Plague in India, 1896, 1897 - Volume 3
Year: 1896
Disease focus: Plague
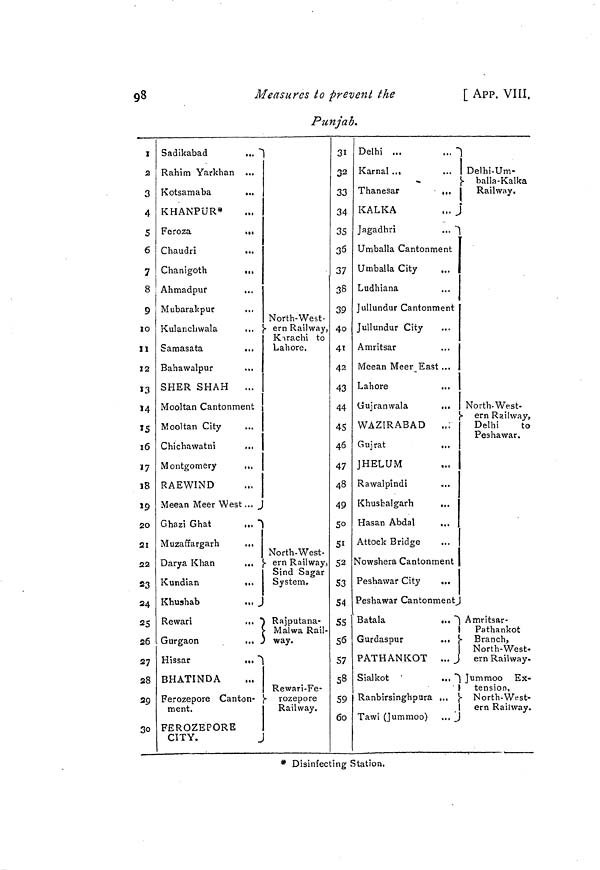
98
Measures to prevent the
[ APP. VIII.
Punjab.
I
2
3
4
5
6
7
8
9
ÏO
11
12
13
14
15
16
Ï7
18
19
20
21
22
23
24
25
26
27
28
29
30
Sadikabad
...
Rahim Yarkhan ...
Kotsamaba
...
KHANPUR*
Feroza
...
Chaudri
...
Chanigoth
,,,
Ahmadpur
...
Mubarakpur
Kulancliwala
Samasata
...
Bahawalpur
...
SHER SHAH
...
Mooltan Cantonment
Mooltan City
Chichawatni
.,,
Montgomery
...
RAEWIND
Meean Meer West ...
Ghazi Ghat
Muzaffargarh
Darya Khan
...
Kundian
...
Khushab
Rewari
...
Gurgaon
..
Hissar
...
BHATINDA
Ferozepore Canton-
ment.
FEROZEPORE
CITY.
J
North-West-
ern Railway,
Karachi to
Lahore.
North-West-
ern Railway,
Sind Sagar
System.
S
Rajputana-
Malwa Rail-
way.
Rewari-Fe-
rozepore
Railway.
3i
32
33
34
35
36
37
38
39
40
41
42
43
44
45
46
47
48
49
50
51
52
53
54
55
56
57
58
59
60
Delhi ...
Karnal ...
Thanesar
,,,
KALKA
Jagadhri
...
Umballa Cantonment
Umballa City
Ludhiana
Jullundur Cantonment
Jullundur City
Amritsar
Meean Meer East ...
Lahore
...
Gujranwala
...
WAZIRABAD
..:
Gujrat
JHELUM
Rawalpindi
Khusbalgarh
...
Hasan Abdal
...
Attock Bridge
Nowshera Cantonment
Peshawar City
...
Peshawar Cantonment
Bátala
Gurdaspur
...
PATH AN KOT ...
Sialkot
...
Ranbirsinghpura ...
.
Tawi (Jummoo)
Delhi-Um-
balla-Kalka
Railway.
Î
North-West-
ern Railway,
Delhi
to
Peshawar.
Amritsar-
Pathankot
Branch,
North-West-
ern Railway-
Jummoo Ex-
tension,
North-West-
ern Railway.
* Disinfecting Station.